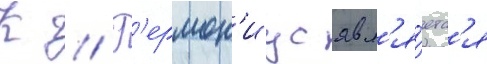
К // Г'ермон'иус явл'я́етс'я